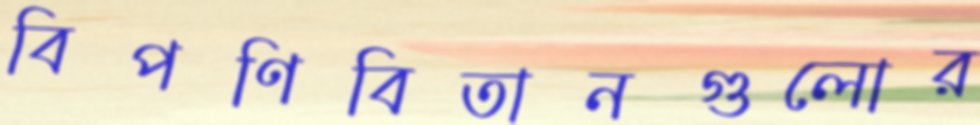
বিপণিবিতানগুলোর